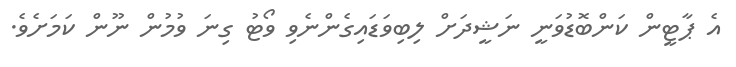
އެ ޕާޓީން ކަންބޮޑުވަނީ ނަޝީދަށް ލިބިވަޑައިގެންނެވި ވޯޓު ގިނަ ވުމުން ނޫން ކަމަށެވެ.